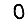
Digit: 0